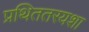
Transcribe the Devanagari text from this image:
प्रथिततरयशा